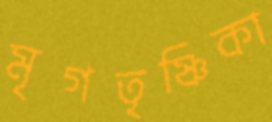
মৃগতৃষ্ণিকা